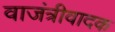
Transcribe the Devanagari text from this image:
वाजंत्रीवादक